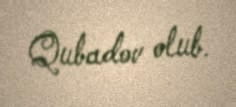
Qubadov olub.